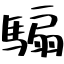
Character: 騸